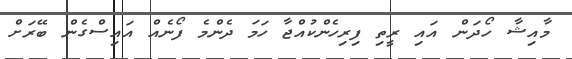
މާއިޝާ ހޯދަން އައި ރީތި ފިރިހެންކުއްޖާ ހަމަ ދެންމެ ފޯނެއް އައިސްގެން ބޭރަށް